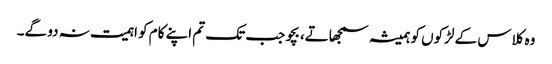
وہ کلاس کے لڑکوں کو ہمیشہ سمجھاتے، بچو جب تک تم اپنے کام کو اہمیت نہ دو گے۔